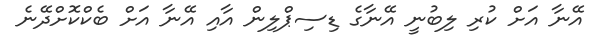
އޭނާ އަށް ކުރި ލިބުނީ އޭނާގެ ޑިސިޕްލިން އާއި އޭނާ އަށް ބެކްކޮށްދޭނެ